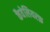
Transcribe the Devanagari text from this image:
कैवेलियरफ़